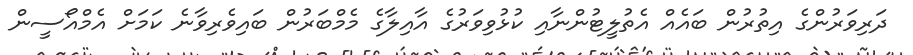
ދަރިވަރުންގެ އިތުރުން ބައެއް އެތުލީޓުންނާއި ކުޅުވިވަރުގެ އާއިލާގެ މެމްބަރުން ބައިވެރިވާނެ ކަމަށް އެމްއޯސީން